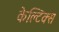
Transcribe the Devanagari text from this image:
केल्टिक्स